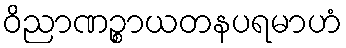
ဝိညာဏဉ္စာယတနပရမာဟံ